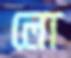
লো